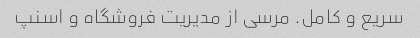
سریع و کامل. مرسی از مدیریت فروشگاه و اسنپ